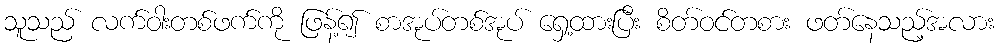
သူသည် လက်ဝါးတစ်ဖက်ကို ဖြန့်၍ စာအုပ်တစ်အုပ် ရှေ့ထားပြီး စိတ်ဝင်တစား ဖတ်နေသည့်အလား